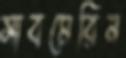
সাবমেরিন